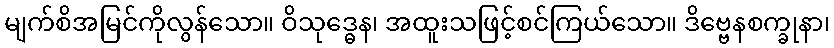
မျက်စိအမြင်ကိုလွန်သော။ ဝိသုဒ္ဓေန၊ အထူးသဖြင့်စင်ကြယ်သော။ ဒိဗ္ဗေနစက္ခုနာ၊